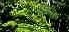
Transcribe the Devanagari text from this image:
सममिक